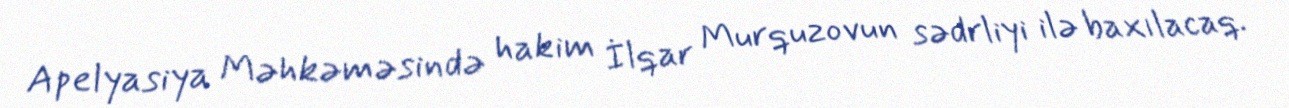
Apelyasiya Məhkəməsində hakim İlqar Murquzovun sədrliyi ilə baxılacaq.